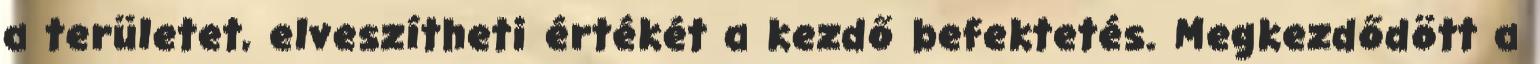
a területet, elveszítheti értékét a kezdő befektetés. Megkezdődött a